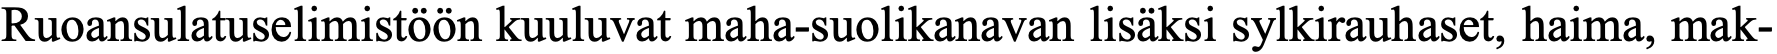
Ruoansulatuselimistöön kuuluvat maha-suolikanavan lisäksi sylkirauhaset, haima, mak-